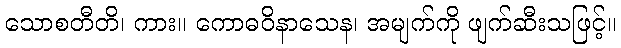
သောစတီတိ၊ ကား။ ကောဓဝိနာသေန၊ အမျက်ကို ဖျက်ဆီးသဖြင့်။